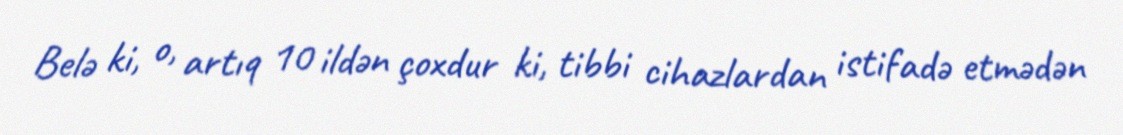
Belə ki, o, artıq 10 ildən çoxdur ki, tibbi cihazlardan istifadə etmədən